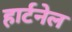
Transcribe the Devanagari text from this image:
हार्टनेल